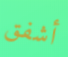
أشفق